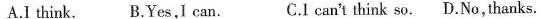
A. I think. B. Yes,I can. C. I can't think so. D. No, thanks.